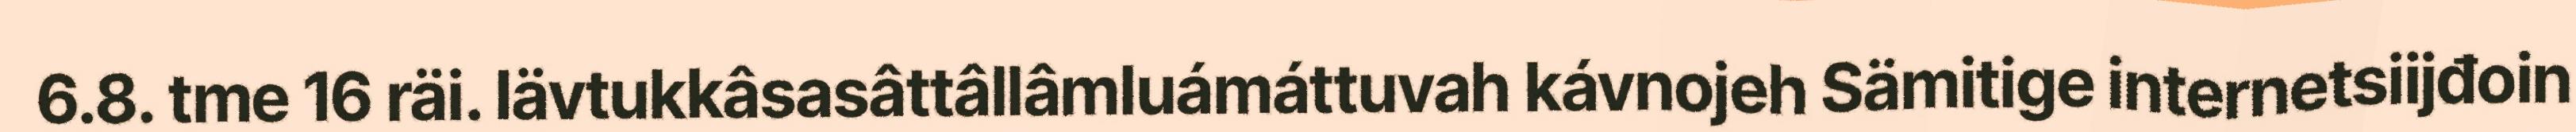
6.8. tme 16 räi. Iävtukkâsasâttâllâmluámáttuvah kávnojeh Sämitige internetsiijđoin